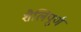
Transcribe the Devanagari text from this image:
शैलिपूर्ण